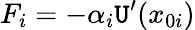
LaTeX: F_{i}=-\alpha_{i}\mathtt{U}^{\prime}(x_{0i})